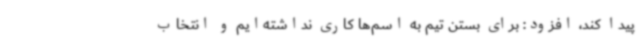
پیدا کند، افزود: برای بستن تیم به اسم‌ها کاری نداشته‌ایم و انتخاب